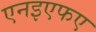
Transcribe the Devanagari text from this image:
एनइएफए